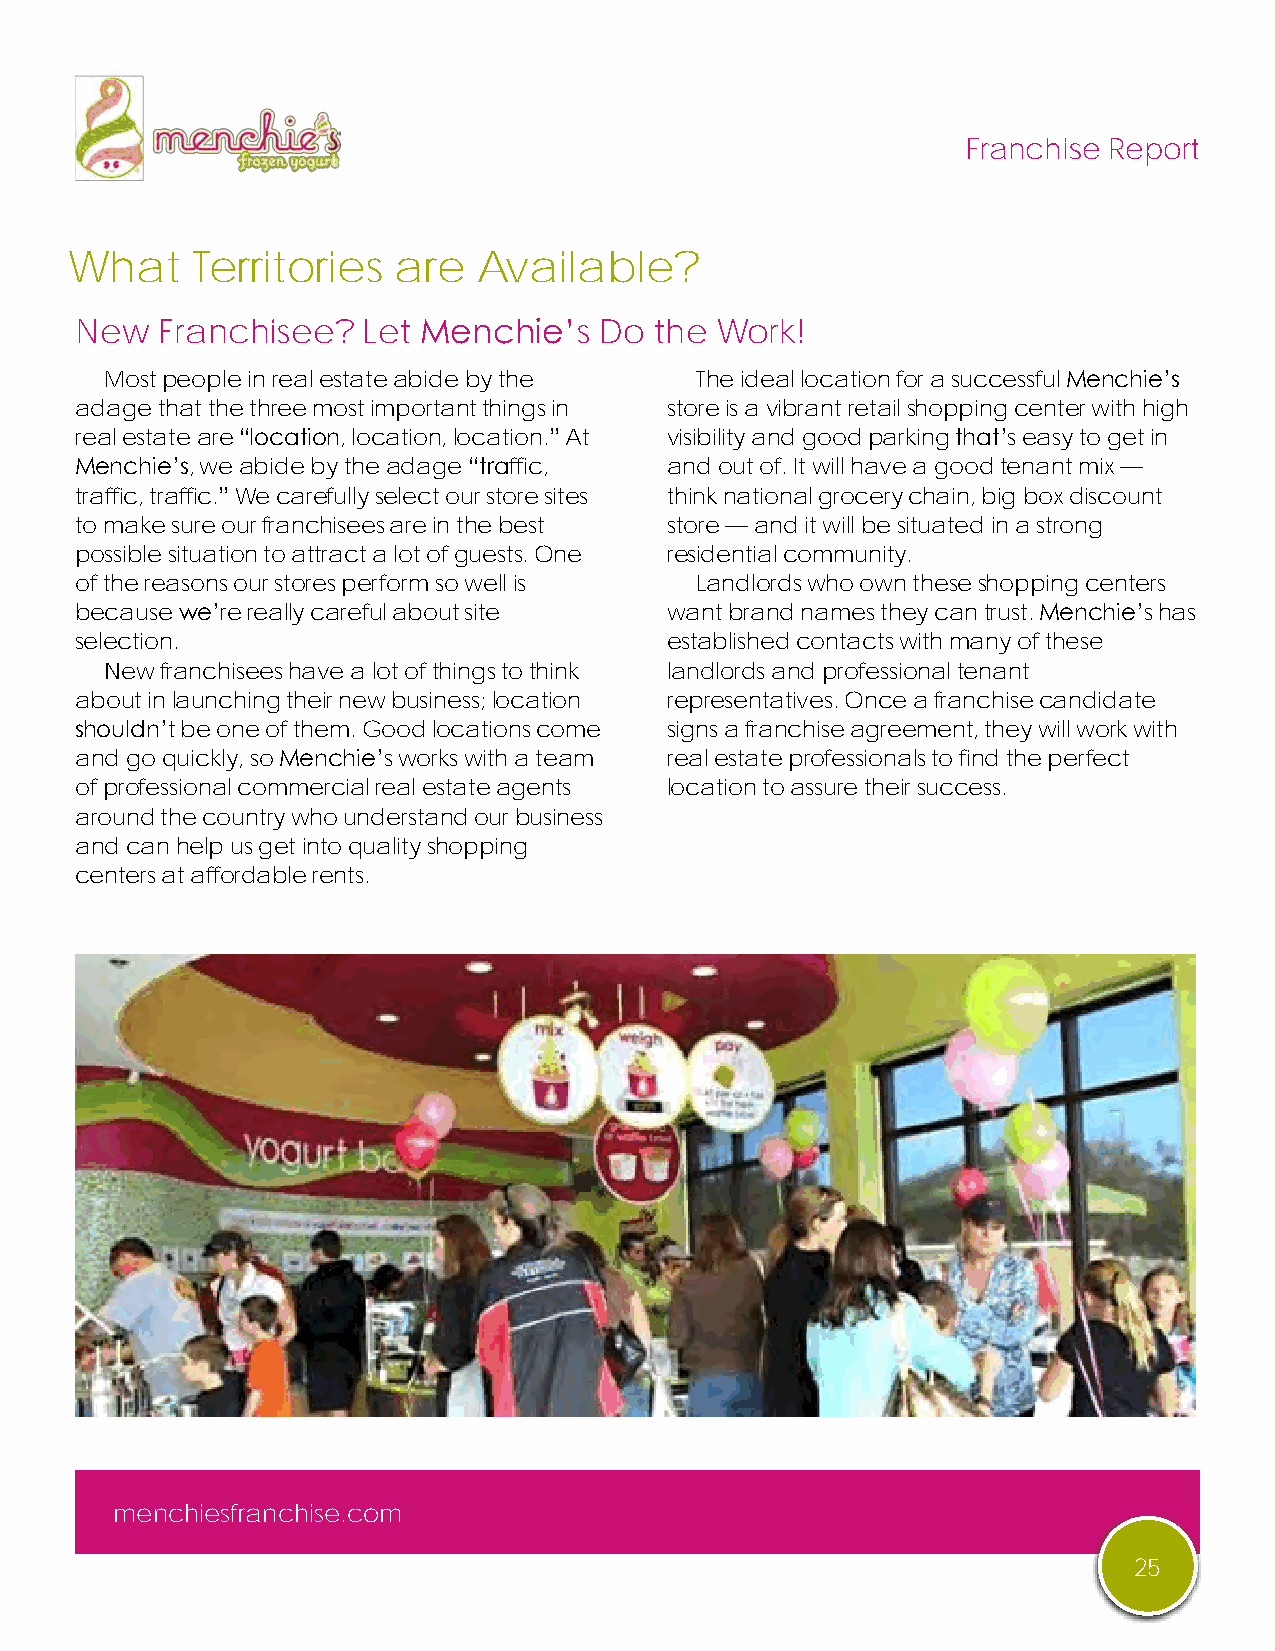
Franchise Report
 What     Territories  are   Available?
 New  Franchisee?   Let Menchie’s   Do the Work!
 Most people in real estate abide by the The ideal location for a successful Menchie’s
 adage that the three most important things in store is a vibrant retail shopping center with high
 real estate are “location, location, location.” At visibility and good parking that’s easy to get in
 Menchie’s, we abide by the adage “traffic, and out of. It will have a good tenant mix —
 traffic, traffic.” We carefully select our store sites think national grocery chain, big box discount
 to make sure our franchisees are in the best store — and it will be situated in a strong
 possible situation to attract a lot of guests. One residential community.
 of the reasons our stores perform so well is Landlords who own these shopping centers
 because we’re really careful about site want brand names they can trust. Menchie’s has
 selection.                             established contacts with many of these
 New franchisees have a lot of things to think landlords and professional tenant
 about in launching their new business; location representatives. Once a franchise candidate
 shouldn’t be one of them. Good locations come signs a franchise agreement, they will work with
 and go quickly, so Menchie’s works with a team real estate professionals to find the perfect
 of professional commercial real estate agents location to assure their success.
 around the country who understand our business
 and can help us get into quality shopping
 centers at affordable rents.
 menchiesfranchise.com
 25